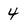
Character: 4